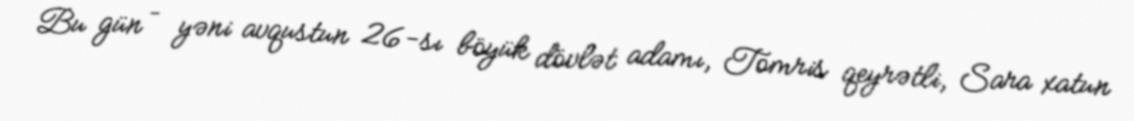
Bu gün – yəni avqustun 26-sı böyük dövlət adamı, Tomris qeyrətli, Sara xatun